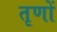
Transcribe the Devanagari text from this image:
तृणों